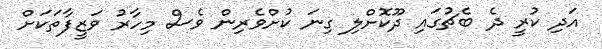
އަދި ކުރީ ދެ ބެޗުގައި ދޫކޮށްލި ގިނަ ކުށްވެރިން ވެސް މިހާރު ވަޒީފާތަކަށް